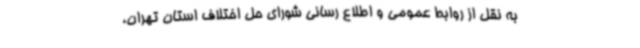
به نقل از روابط عمومی و اطلاع رسانی شورای حل اختلاف استان تهران،